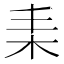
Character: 𣐇